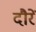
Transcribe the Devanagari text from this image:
दौरें